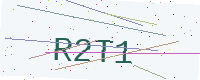
Text: R2T1